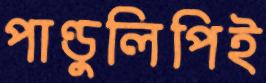
পাণ্ডুলিপিই